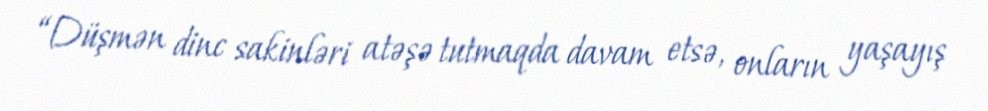
“Düşmən dinc sakinləri atəşə tutmaqda davam etsə, onların yaşayış